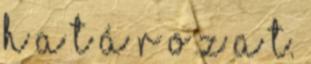
H A T Á R O Z A T.